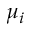
\mu _ { i }